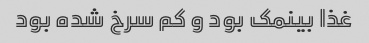
غذا بینمک بود و کم سرخ شده بود